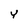
Character: Y